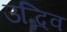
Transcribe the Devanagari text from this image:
उद्भिव